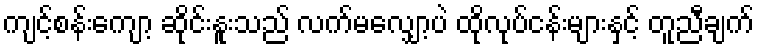
ကျင့်စန်းကျော့ ဆိုင်းနူးသည် လက်မလျှော့ပဲ ထိုလုပ်ငန်းများနှင့် တူညီချက်